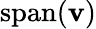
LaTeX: \operatorname{span}(\mathbf{v})